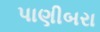
પાણીબરા